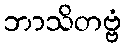
ဘာသိတဗ္ဗံ